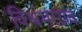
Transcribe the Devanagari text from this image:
विश्वंभरराव